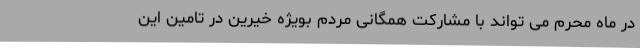
در ماه محرم می تواند با مشارکت همگانی مردم بویژه خیرین در تامین این